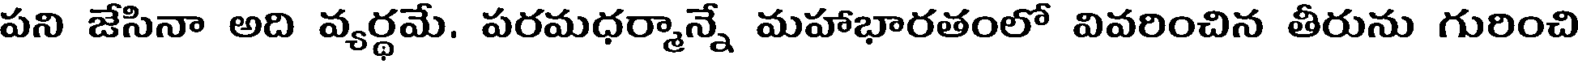
పని జేసినా అది వ్యర్థమే. పరమధర్మాన్నే మహాభారతంలో వివరించిన తీరును గురించి